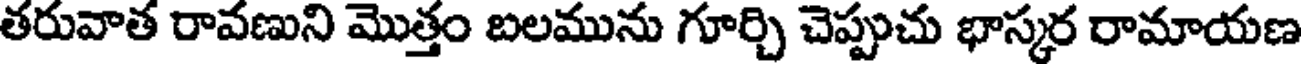
తరువాత రావణుని మొత్తం బలమును గూర్చి చెప్పుచు భాస్కర రామాయణ